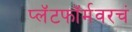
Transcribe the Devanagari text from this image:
प्लॅटफॉर्मवरचं